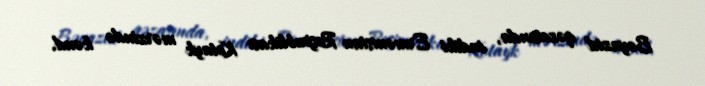
Bəyazid qəzasında, indiki Ermənistan Respublikası Kotayk mərzində kənd.